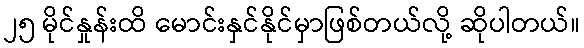
၂၅ မိုင်နှုန်းထိ မောင်းနှင်နိုင်မှာဖြစ်တယ်လို့ ဆိုပါတယ်။